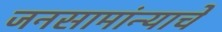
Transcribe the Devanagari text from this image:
जनसामांन्याचे